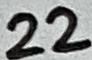
Text: 22